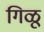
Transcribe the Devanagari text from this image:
गिळू